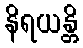
နိရယန္တိ